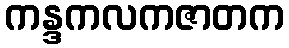
ကန္ဒကလကဇာတက